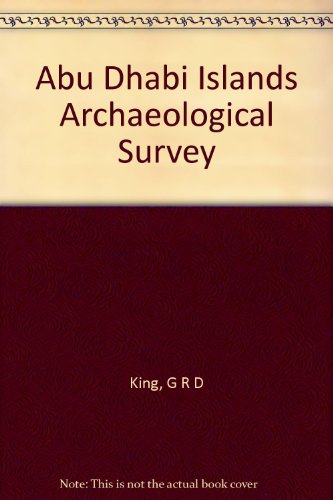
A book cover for Abu Dhabi Islands Archaeological Survey; G R D King; History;